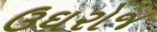
ઉઘરોજ